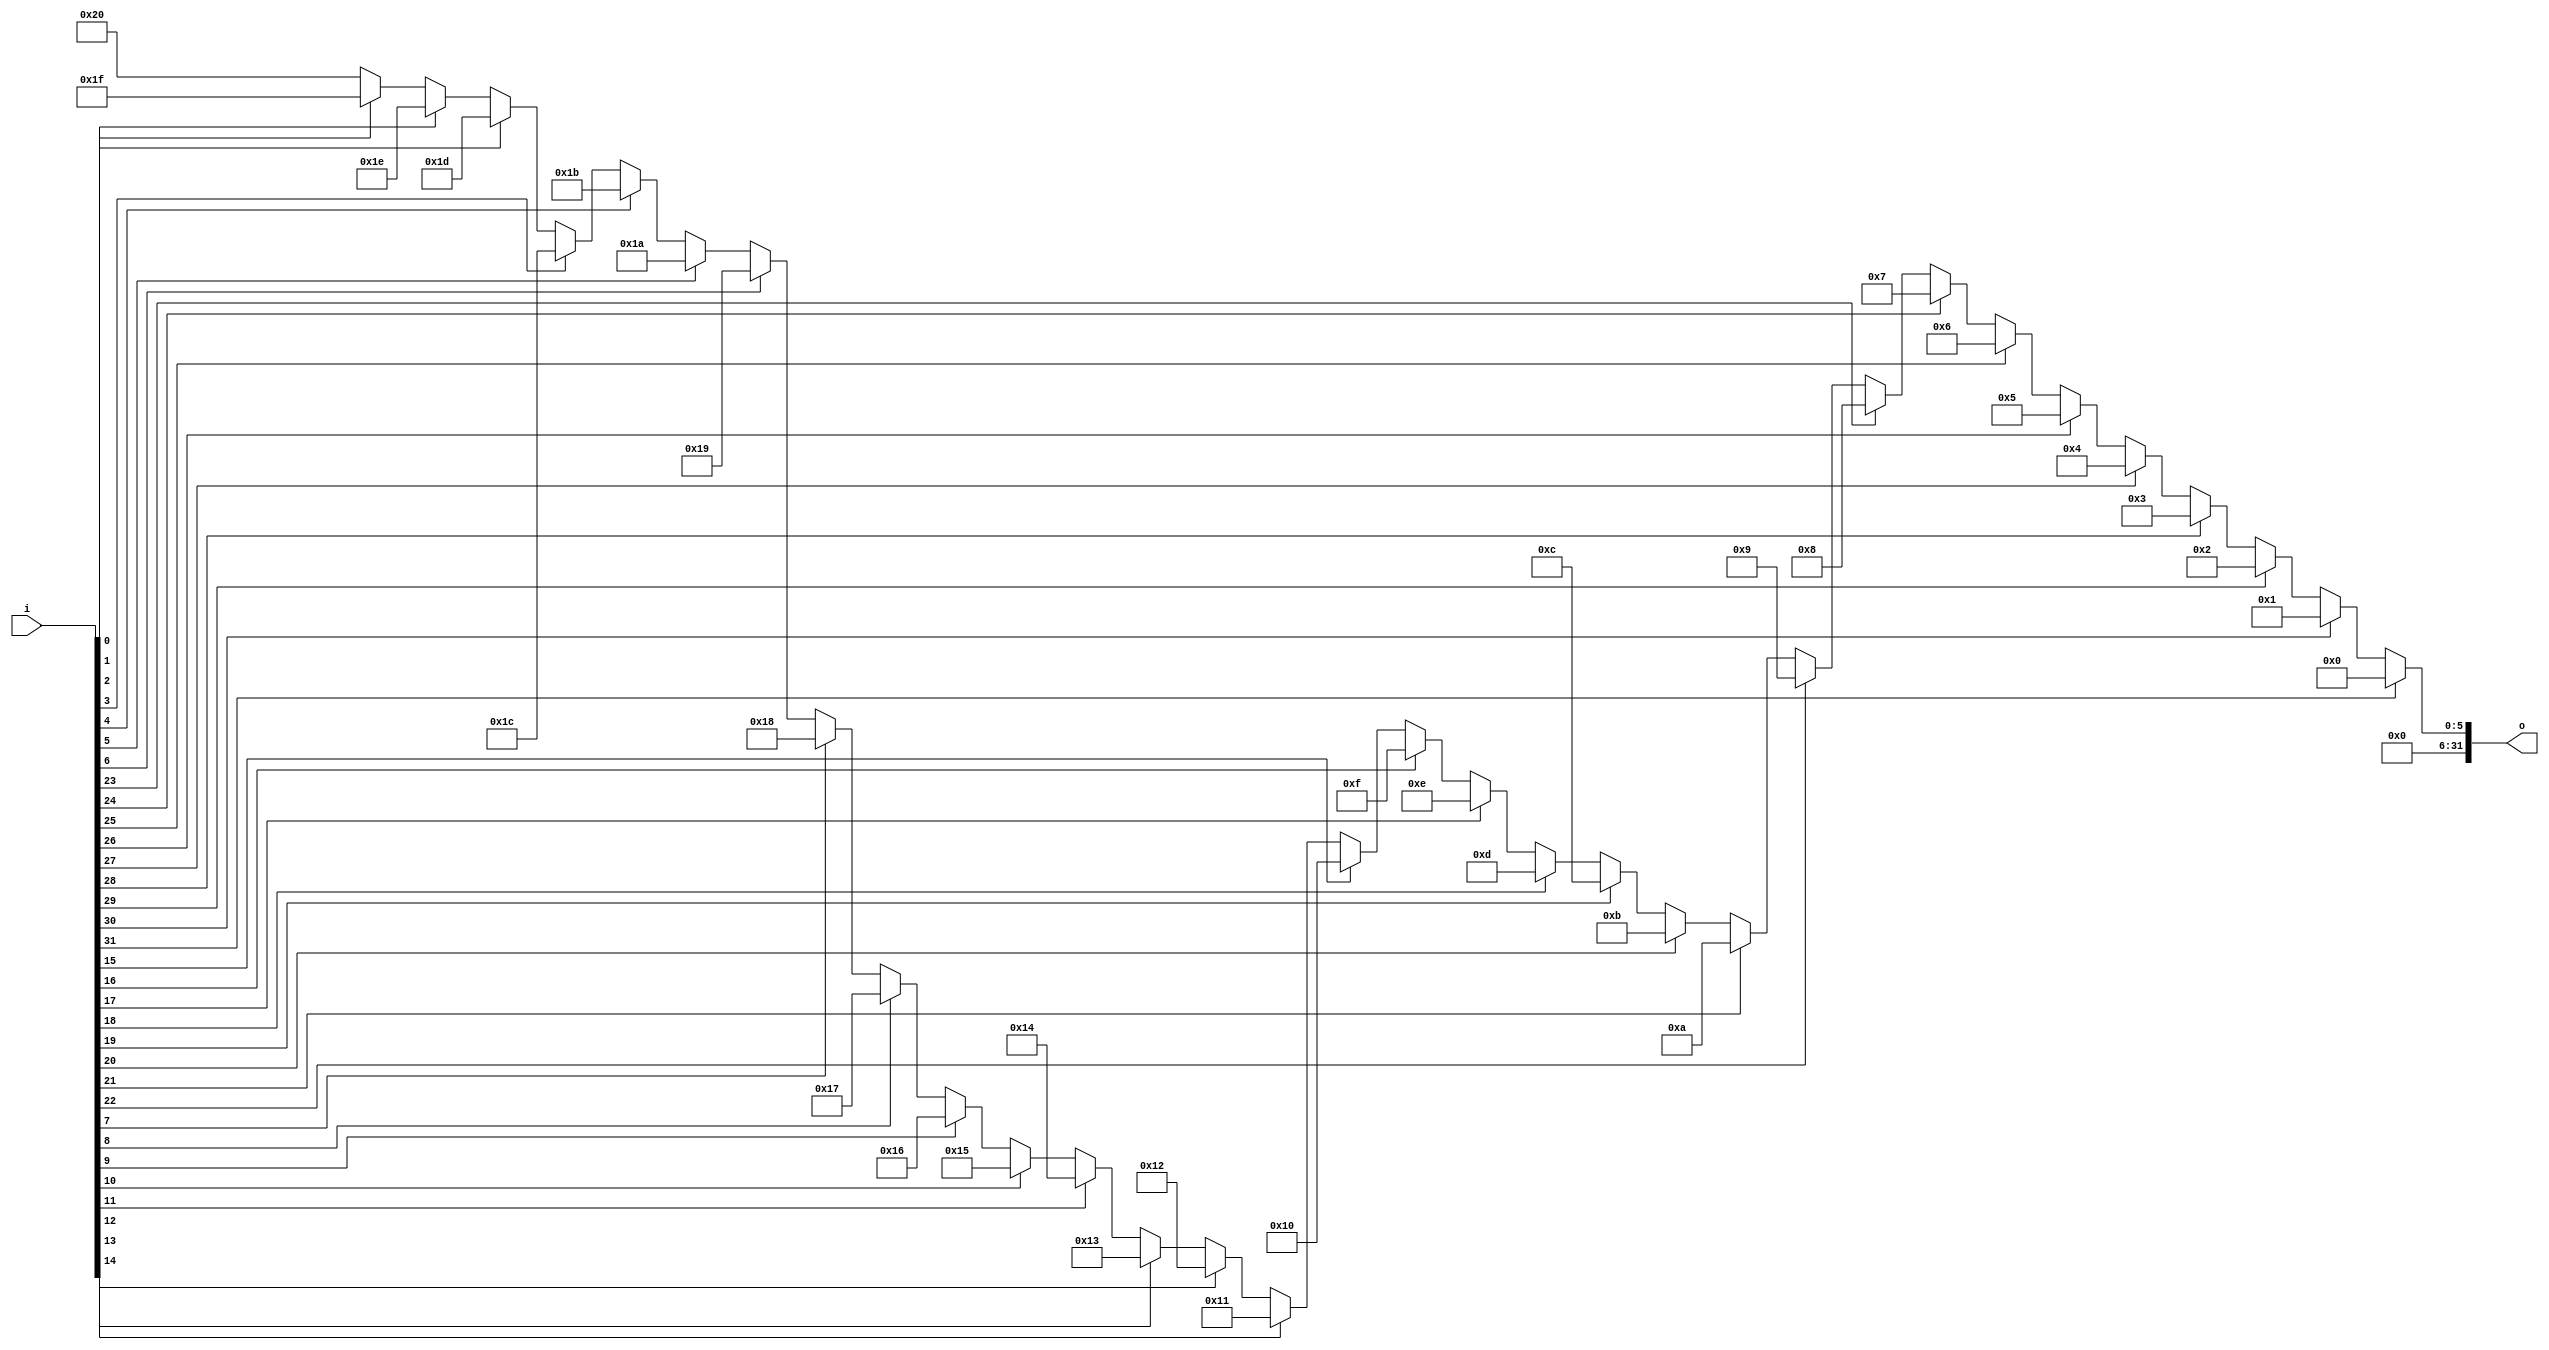
`timescale 1ns / 1ps

module CLZ(
    input [31:0] i,
    output [31:0] o
    );
    assign o=(i[31]==1)?0:(i[30]==1)?1:(i[29]==1)?2:(i[28]==1)?3:(i[27]==1)?4:(i[26]==1)?5:(i[25]==1)?6:(i[24]==1)?7:(i[23]==1)
        ?8:(i[22]==1)?9:(i[21]==1)?10:(i[20]==1)?11:(i[19]==1)?12:(i[18]==1)?13:(i[17]==1)?14:(i[16]==1)?15:(i[15]==1)
        ?16:(i[14]==1)?17:(i[13]==1)?18:(i[12]==1)?19:(i[11]==1)?20:(i[10]==1)?21:(i[9]==1)?22:(i[8]==1)?23:(i[7]==1)
        ?24:(i[6]==1)?25:(i[5]==1)?26:(i[4]==1)?27:(i[3]==1)?28:(i[2]==1)?29:(i[1]==1)?30:(i[0]==1)?31:32;
endmodule